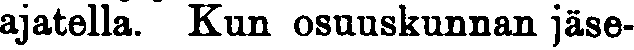
ajatella. Kun osuuskunnan jäse-